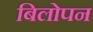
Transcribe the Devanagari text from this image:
बिलोपन